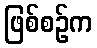
ဖြစ်စဉ်က